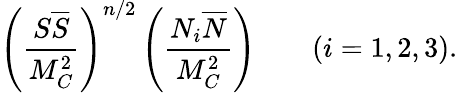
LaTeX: \left({\frac{S{\overline{{S}}}}{M_{C}^{2}}}\right)^{n/2}\left({\frac{N_{i}{\overline{{N}}}}{M_{C}^{2}}}\right)\qquad(i=1,2,3).